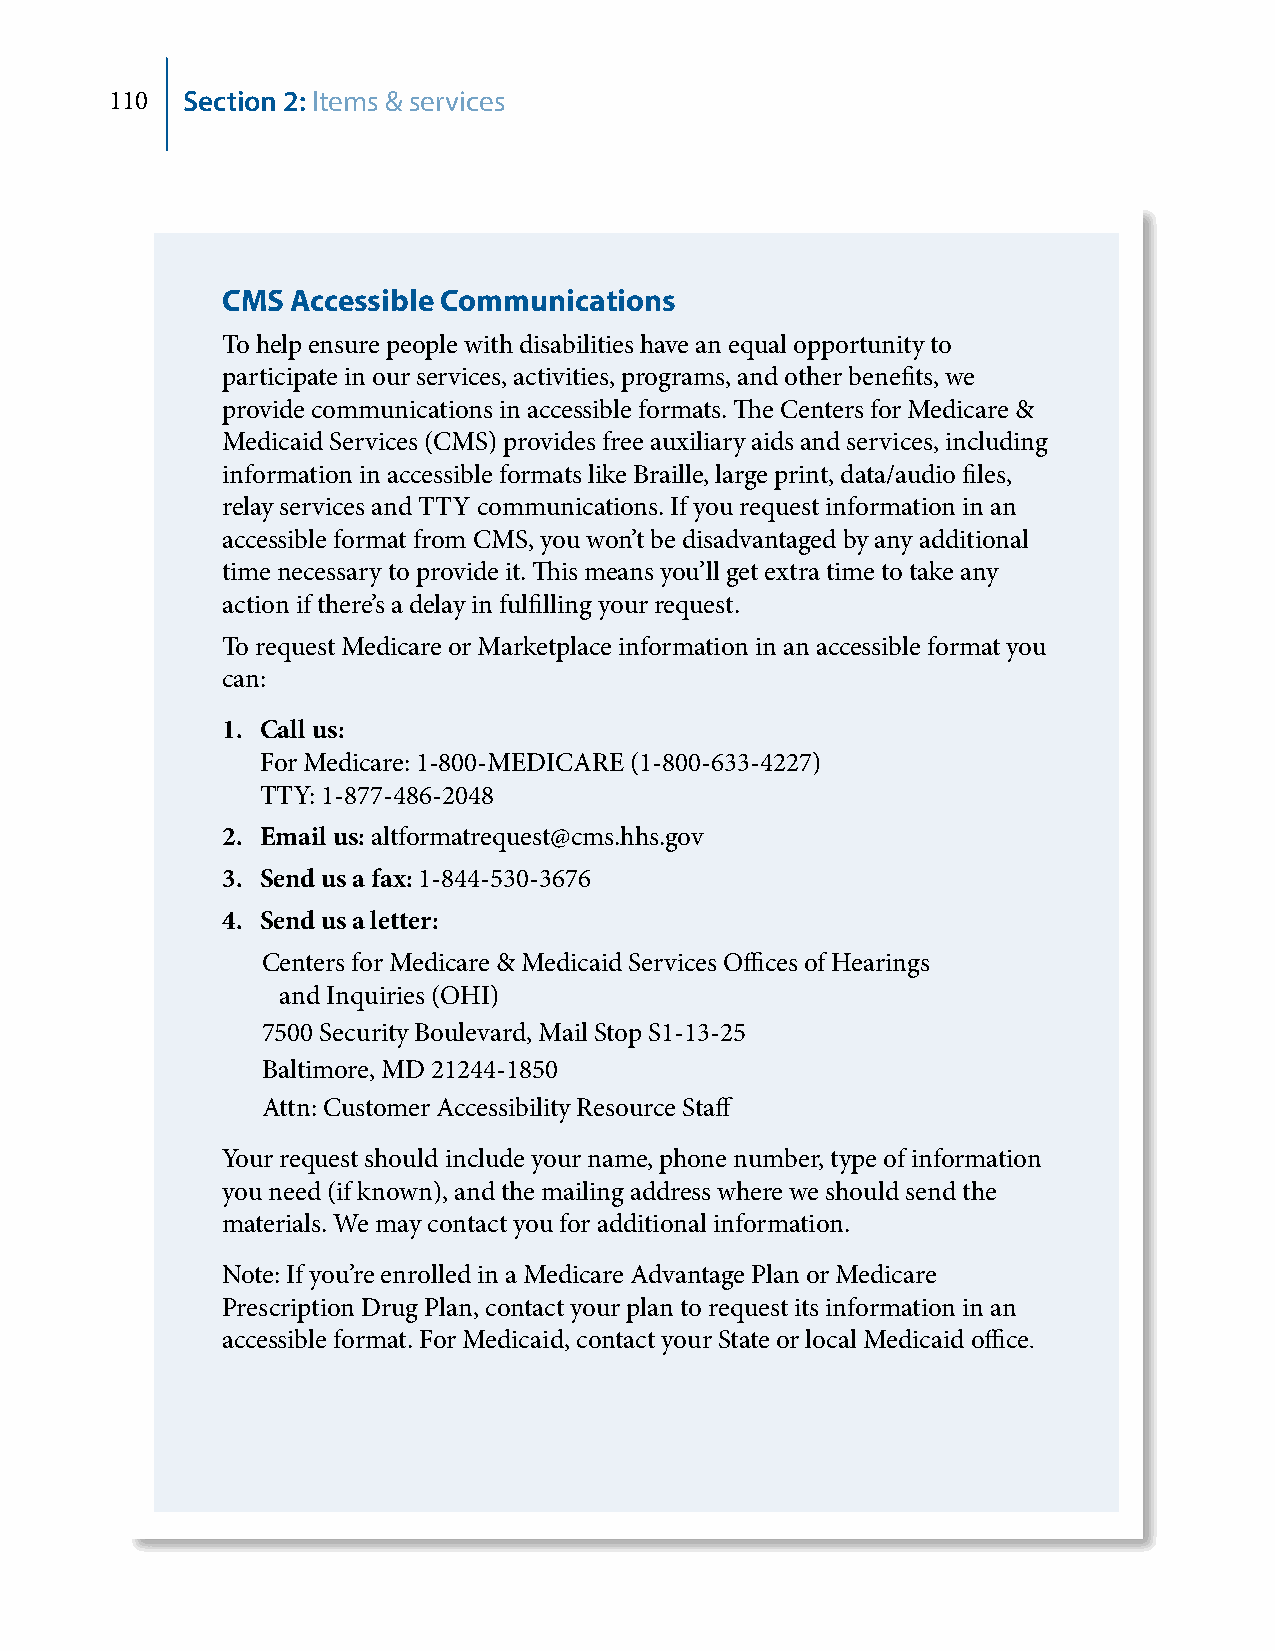
110  Section 2: Items & services
 CMS Accessible Communications
 To help ensure people with disabilities have an equal opportunity to
 participate in our services, activities, programs, and other benefits, we
 provide communications in accessible formats. The Centers for Medicare &
 Medicaid Services (CMS) provides free auxiliary aids and services, including
 information in accessible formats like Braille, large print, data/audio files,
 relay services and TTY communications. If you request information in an
 accessible format from CMS, you won’t be disadvantaged by any additional
 time necessary to provide it. This means you’ll get extra time to take any
 action if there’s a delay in fulfilling your request.
 To request Medicare or Marketplace information in an accessible format you
 can:
 1. Call us:
 For Medicare: 1-800-MEDICARE (1-800-633-4227)
 TTY: 1-877-486-2048
 2. Email us: altformatrequest@cms.hhs.gov
 3. Send us a fax: 1-844-530-3676
 4. Send us a letter:
 Centers for Medicare & Medicaid Services Offices of Hearings
 and Inquiries (OHI)
 7500 Security Boulevard, Mail Stop S1-13-25
 Baltimore, MD 21244-1850
 Attn: Customer Accessibility Resource Staff
 Your request should include your name, phone number, type of information
 you need (if known), and the mailing address where we should send the
 materials. We may contact you for additional information.
 Note: If you’re enrolled in a Medicare Advantage Plan or Medicare
 Prescription Drug Plan, contact your plan to request its information in an
 accessible format. For Medicaid, contact your State or local Medicaid office.
 Paid for by the Department of Health & Human Services.